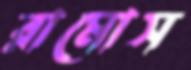
রামোস